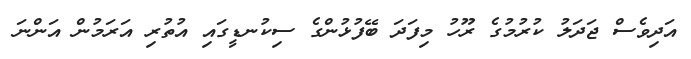
އަދިވެސް ޖަދަލު ކުރުމުގެ ރޫހު މިފަދަ ބޭފުޅުންގެ ސިކުނޑީގައި އުތުރި އަރަމުން އަންނަ